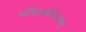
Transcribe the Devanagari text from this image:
पतिव्रतानिरूपण